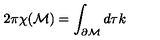
2 \pi \chi ( \mathcal { M } ) = \int _ { \partial { \cal M } } d \tau k